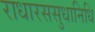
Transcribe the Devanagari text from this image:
राधारससुधानिधि